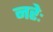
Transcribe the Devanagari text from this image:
नरेः